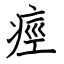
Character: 痙